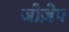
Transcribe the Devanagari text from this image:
जोज़ेप